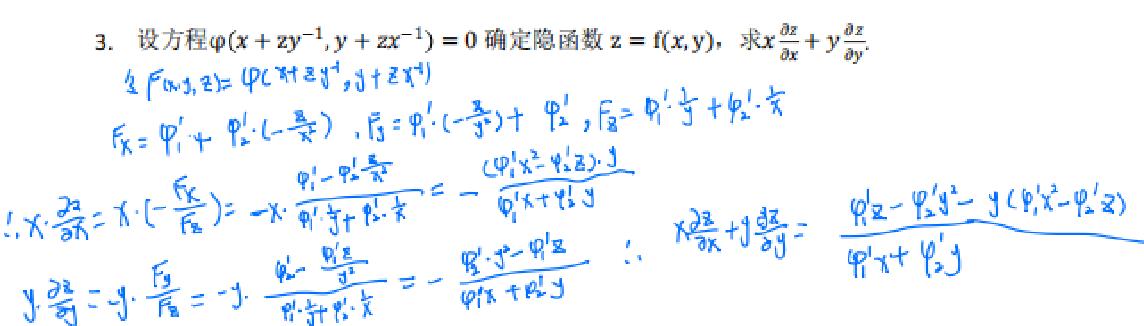
3. 设方程$\varphi(x + zy^{-1},y + zx^{-1}) = 0$确定隐函数$z = f(x,y)$，求$x\frac{\partial z}{\partial x}+y\frac{\partial z}{\partial y}$.
令$F(x,y,z)=\varphi(x + zy^{-1},y + zx^{-1})$
$F_x=\varphi_1'+\varphi_2'\cdot(-\frac{z}{x^{2}})$，$F_y=\varphi_1'\cdot(-\frac{x}{y^{2}})+\varphi_2'$，$F_z=\varphi_1'\frac{1}{y}+\varphi_2'\frac{1}{x}$
$\therefore x\cdot\frac{\partial z}{\partial x}=x\cdot(-\frac{F_x}{F_z})=-x\cdot\frac{\varphi_1'-\varphi_2'\frac{z}{x^{2}}}{\varphi_1'\frac{1}{y}+\varphi_2'\frac{1}{x}}=-\frac{(\varphi_1'x^{2}-\varphi_2'z)\cdot y}{\varphi_1'x+\varphi_2'y}$
$y\cdot\frac{\partial z}{\partial y}=-y\cdot\frac{F_y}{F_z}=-y\cdot\frac{\varphi_2'-\varphi_1'\frac{z}{y^{2}}}{\varphi_1'\frac{1}{y}+\varphi_2'\frac{1}{x}}=-\frac{\varphi_2'y^{2}-\varphi_1'z}{\varphi_1'x+\varphi_2'y}$
$\therefore x\frac{\partial z}{\partial x}+y\frac{\partial z}{\partial y}=\frac{\varphi_1'z-\varphi_2'y^{2}-y(\varphi_1'x^{2}-\varphi_2'z)}{\varphi_1'x+\varphi_2'y}$